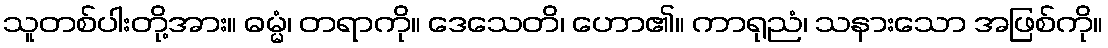
သူတစ်ပါးတို့အား။ ဓမ္မံ၊ တရာကို။ ဒေသေတိ၊ ဟော၏။ ကာရုညံ၊ သနားသော အဖြစ်ကို။